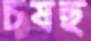
চষছ